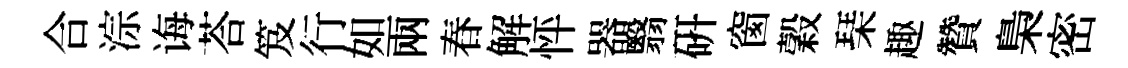
合淙诲荅笈行如兩春解怦器翳研窗穀琹趣贊梟密